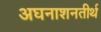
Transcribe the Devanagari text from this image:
अघनाशनतीर्थ